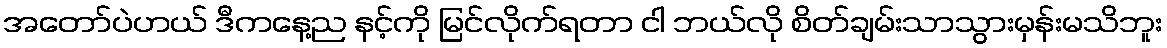
အတော်ပဲဟယ် ဒီကနေ့ည နင့်ကို မြင်လိုက်ရတာ ငါ ဘယ်လို စိတ်ချမ်းသာသွားမှန်းမသိဘူး